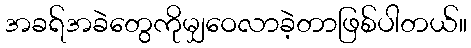
အခရ်အခဲတွေကိုမျှဝေလာခဲ့တာဖြစ်ပါတယ်။